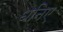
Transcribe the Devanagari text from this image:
धनिए